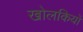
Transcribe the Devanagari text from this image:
खोलकियों